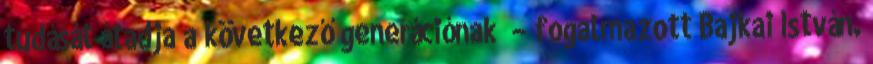
tudását átadja a következő generációnak” – fogalmazott Bajkai István.